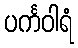
ပင်္ကဝါရံ